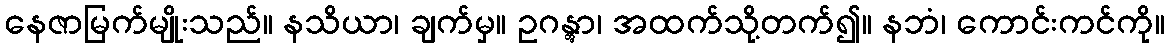
နေဇာမြက်မျိုးသည်။ နသိယာ၊ ချက်မှ။ ဥဂန္တွာ၊ အထက်သို့တက်၍။ နဘံ၊ ကောင်းကင်ကို။